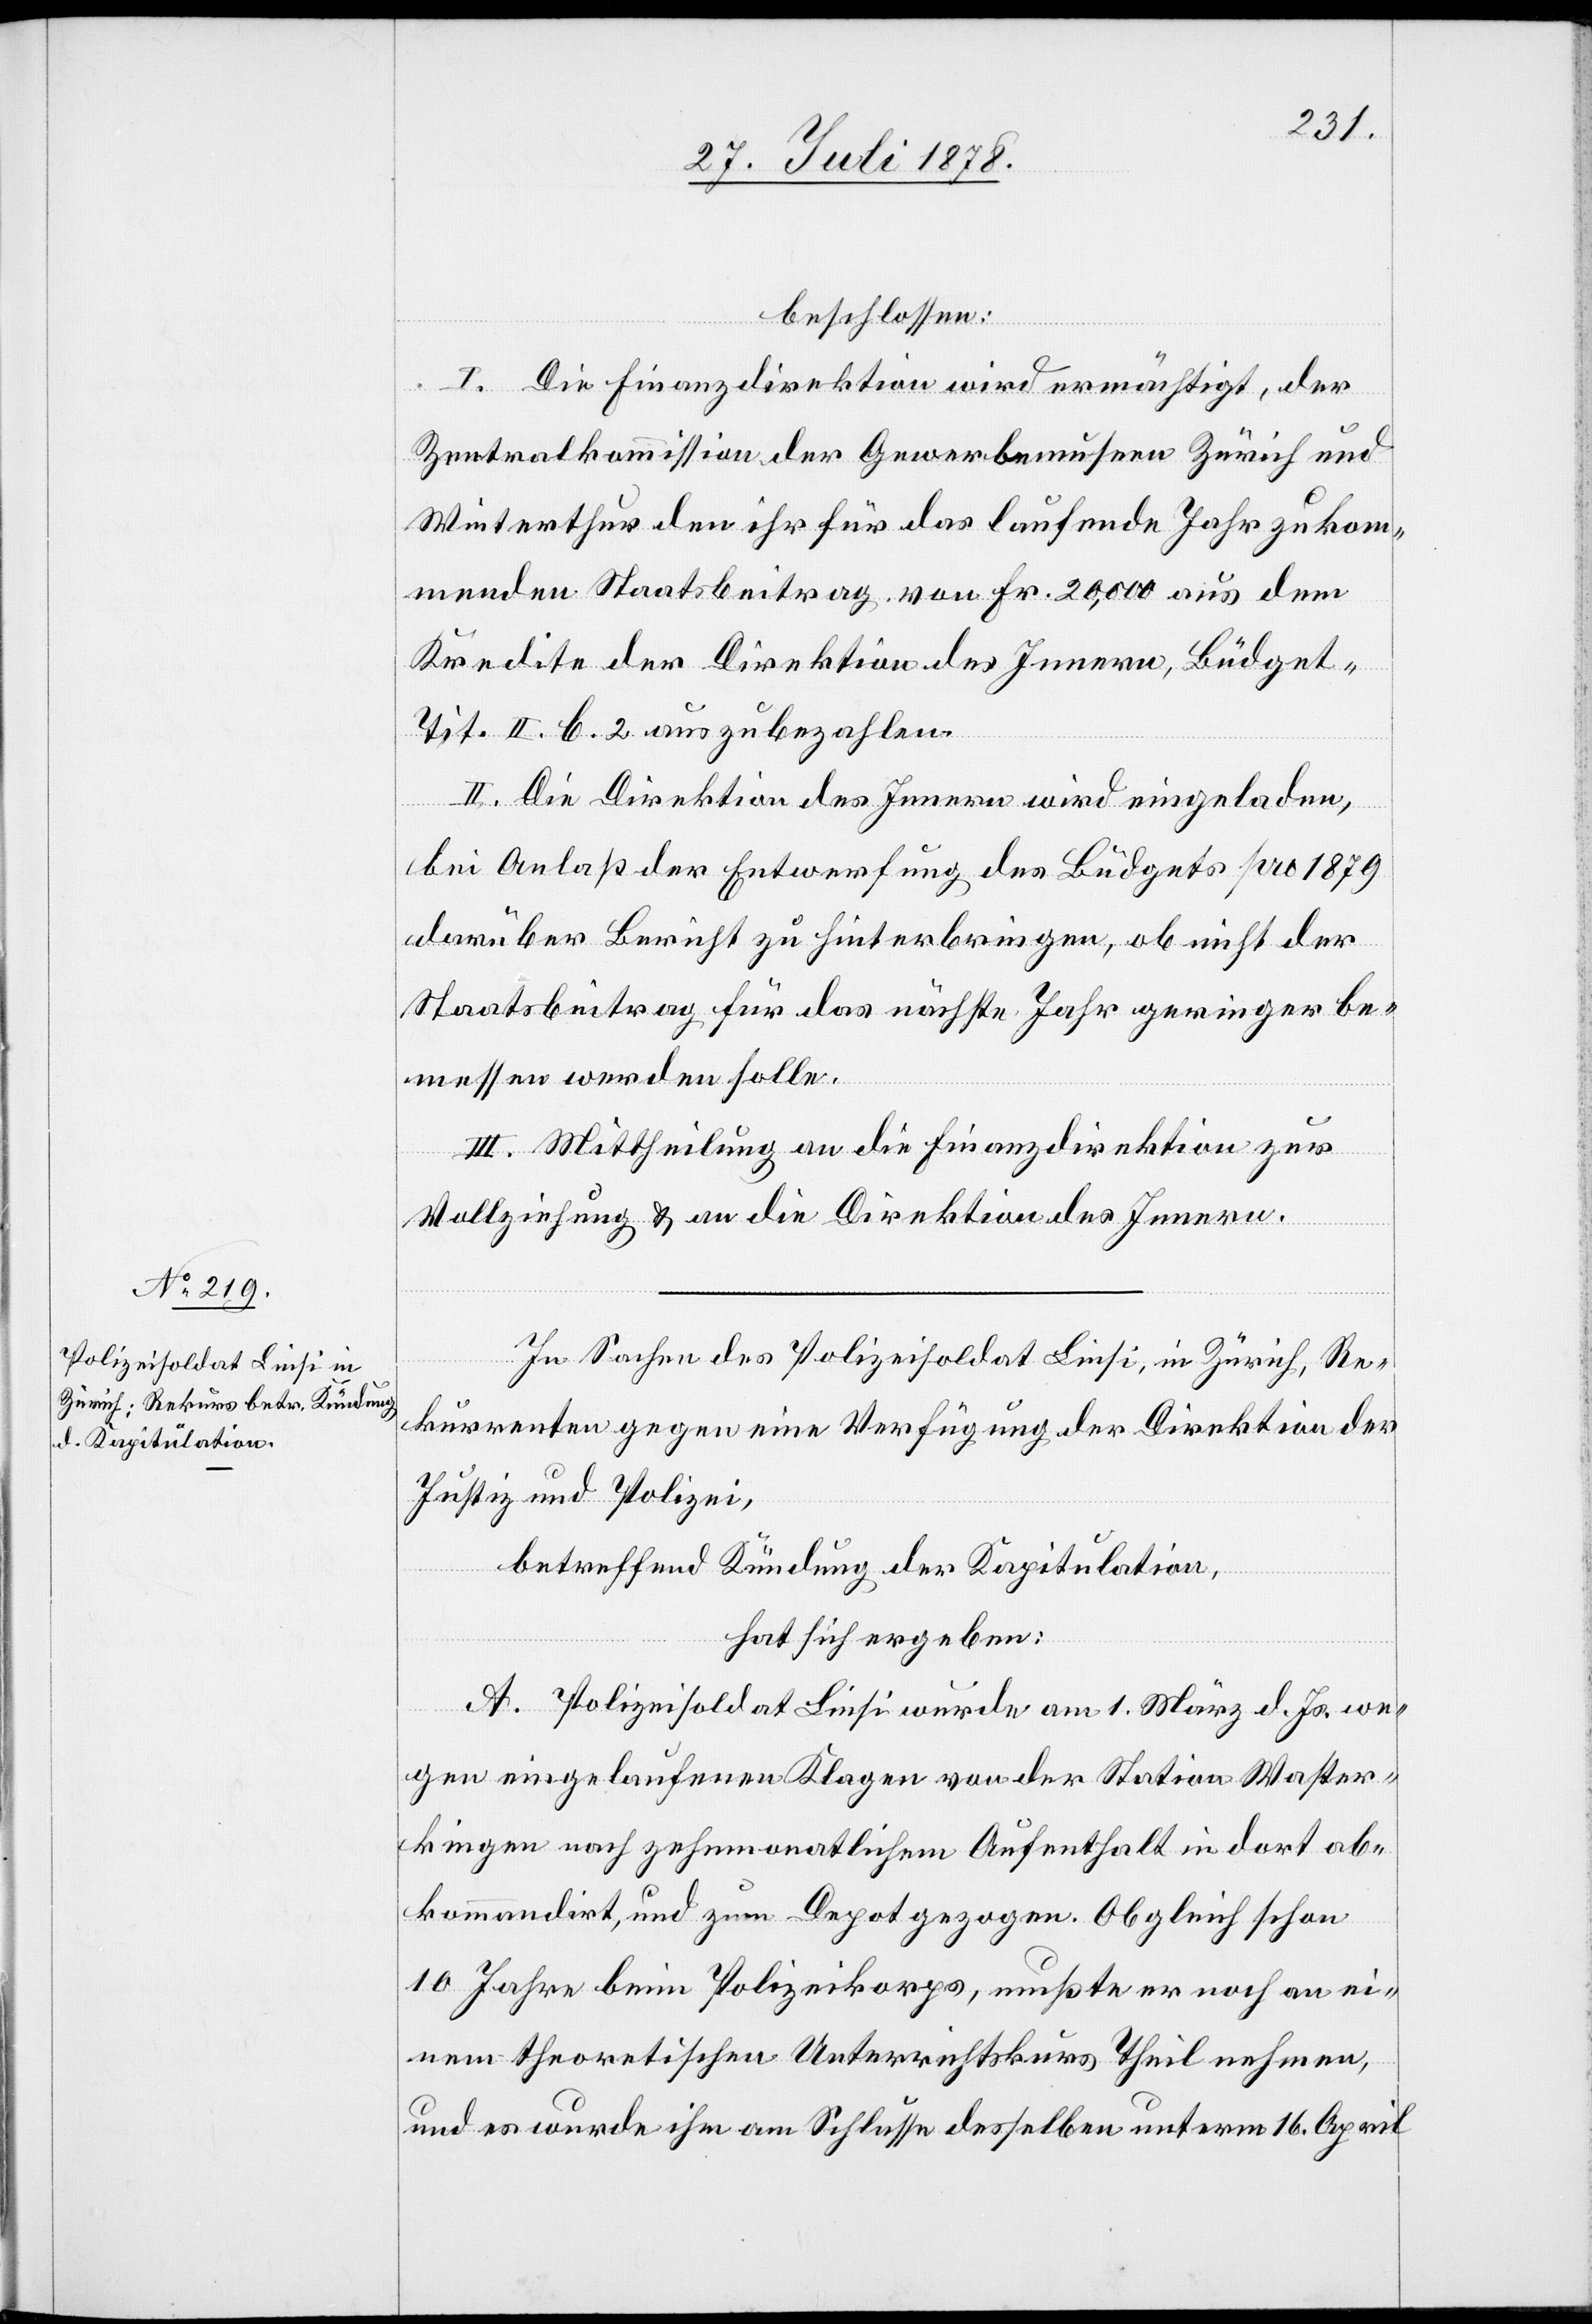
beschlossen:
I. Die Finanzdirektion wird ermächtigt, der
Zentralkommission der Gewerbemuseen Zürich und
Winterthur den ihr für das laufende Jahr zukom¬
menden Staatsbeitrag von Fr. 20,000 aus dem
Kredite der Direktion des Innern, Büdget-T¬
it. II. b. 2 auszubezahlen.
II. Die Direktion des Innern wird eingeladen,
bei Anlaß der Entwerfung des Büdgets pro 1879
darüber Bericht zu hinterbringen, ob nicht der
Staatsbeitrag für das nächste Jahr geringer be¬
messen werden solle.
III. Mittheilung an die Finanzdirektion zur
Vollziehung & an die Direktion des Innern.
In Sachen des Polizeisoldat Liesi, in Zürich, Re¬
kurrenten gegen eine Verfügung der Direktion der
Justiz und Polizei,
betreffend Kündung der Kapitulation,
hat sich ergeben:
A. Polizeisoldat Liesi wurde am 1. März d. Js. we¬
gen eingelaufenen Klagen von der Station Waster¬
kingen nach zehnmonatlichem Aufenthalt in dort ab¬
kommandirt, und zum Depot gezogen. Obgleich schon
10 Jahre beim Polizeikorps, mußte er noch an ei¬
nem theoretischen Unterrichtskurs Theil nehmen,
und es wurde ihm am Schlusse desselben unterm 16. April